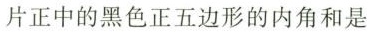
片正中的黑色正五边形的内角和是